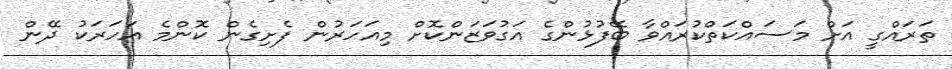
ތަރައްގީ އަށް މަސައްކަތްކުރައްވާ ބޭފުޅުންގެ އަގުވަޒަންކޮށް މިއަހަރުން ފެށިގެން ކޮންމެ އަހަރަކު ދޭން